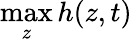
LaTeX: \operatorname*{max}_{z}h(z,t)